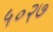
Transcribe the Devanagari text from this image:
५०२७